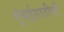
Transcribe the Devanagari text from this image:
मुंबईसाठीची